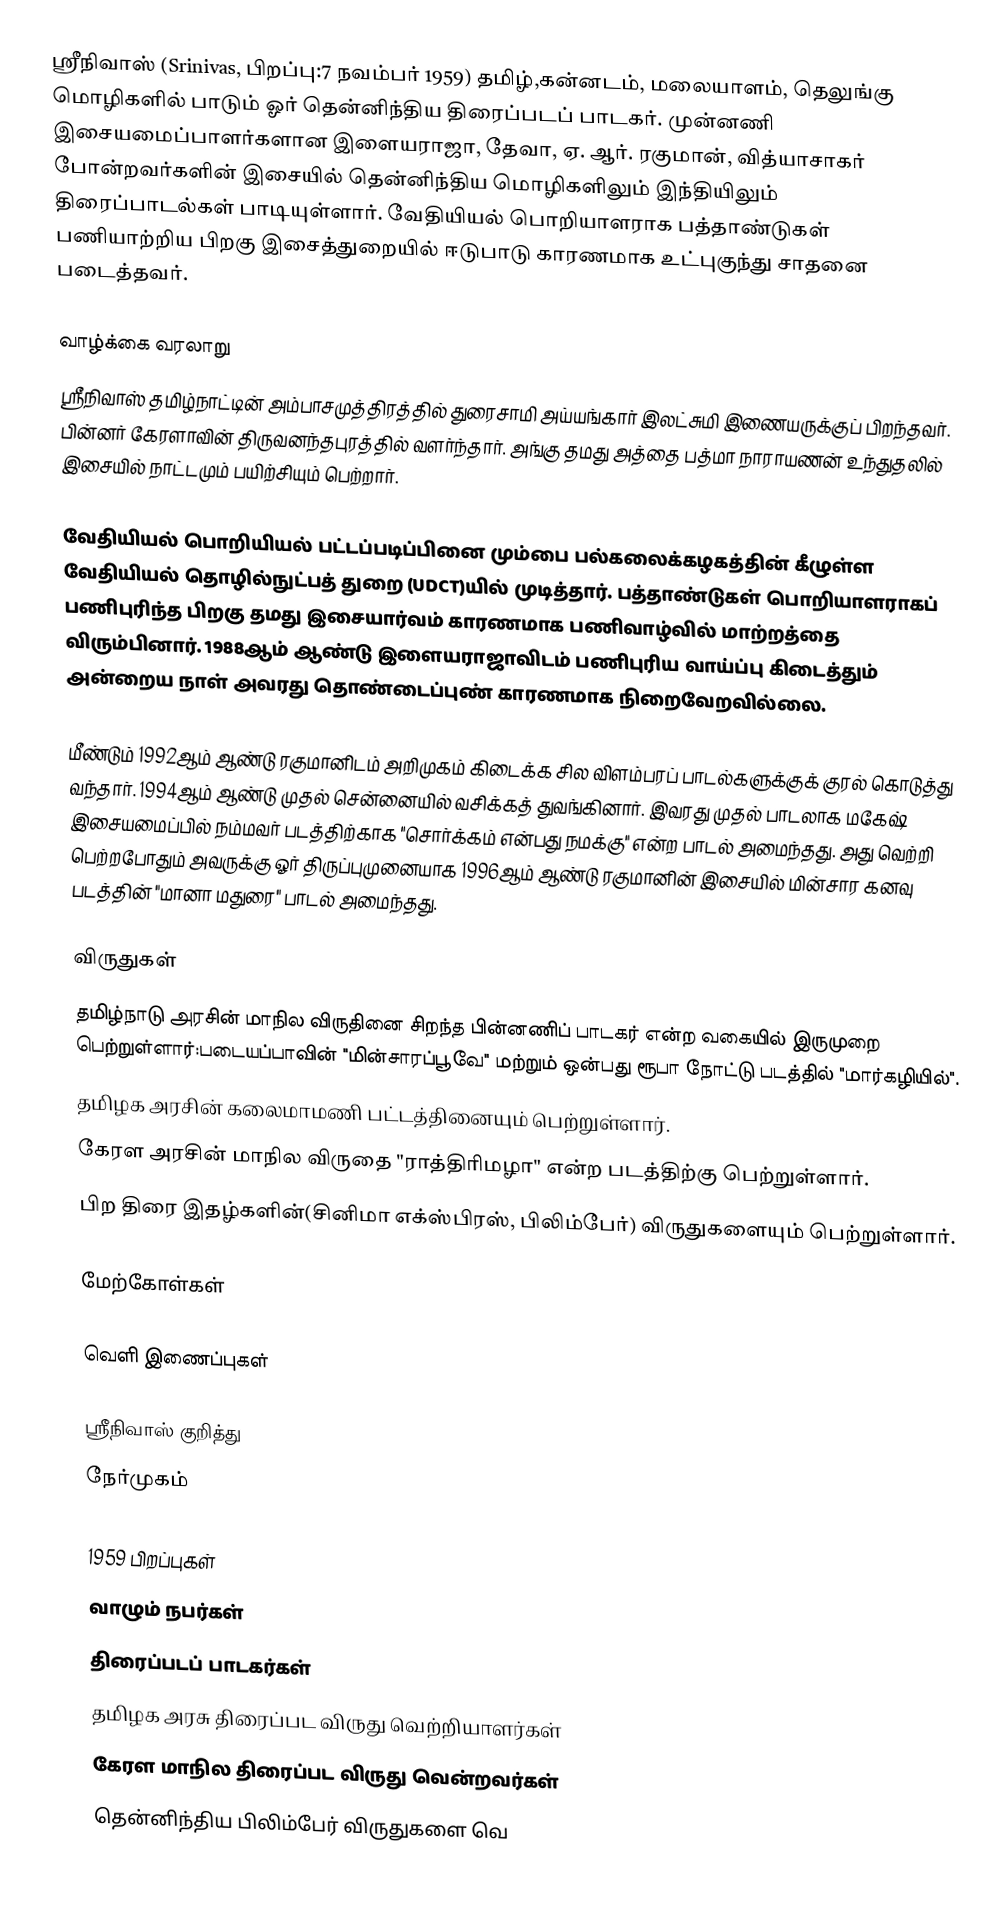
ஸ்ரீநிவாஸ் (Srinivas, பிறப்பு:7 நவம்பர் 1959) தமிழ்,கன்னடம், மலையாளம், தெலுங்கு மொழிகளில் பாடும் ஓர் தென்னிந்திய திரைப்படப் பாடகர். முன்னணி இசையமைப்பாளர்களான இளையராஜா, தேவா, ஏ. ஆர். ரகுமான், வித்யாசாகர் போன்றவர்களின் இசையில் தென்னிந்திய மொழிகளிலும் இந்தியிலும் திரைப்பாடல்கள் பாடியுள்ளார். வேதியியல் பொறியாளராக பத்தாண்டுகள் பணியாற்றிய பிறகு இசைத்துறையில் ஈடுபாடு காரணமாக உட்புகுந்து சாதனை படைத்தவர்.

வாழ்க்கை வரலாறு
ஸ்ரீநிவாஸ் தமிழ்நாட்டின் அம்பாசமுத்திரத்தில் துரைசாமி அய்யங்கார் இலட்சுமி இணையருக்குப் பிறந்தவர். பின்னர்  கேரளாவின் திருவனந்தபுரத்தில் வளர்ந்தார். அங்கு தமது அத்தை பத்மா நாராயணன் உந்துதலில் இசையில் நாட்டமும் பயிற்சியும் பெற்றார்.

வேதியியல் பொறியியல் பட்டப்படிப்பினை மும்பை பல்கலைக்கழகத்தின் கீழுள்ள வேதியியல் தொழில்நுட்பத் துறை (UDCT)யில்  முடித்தார். பத்தாண்டுகள் பொறியாளராகப் பணிபுரிந்த பிறகு தமது இசையார்வம் காரணமாக பணிவாழ்வில் மாற்றத்தை விரும்பினார். 1988ஆம் ஆண்டு இளையராஜாவிடம் பணிபுரிய வாய்ப்பு கிடைத்தும் அன்றைய நாள் அவரது தொண்டைப்புண் காரணமாக நிறைவேறவில்லை.

மீண்டும் 1992ஆம் ஆண்டு ரகுமானிடம் அறிமுகம் கிடைக்க சில விளம்பரப் பாடல்களுக்குக் குரல் கொடுத்து வந்தார். 1994ஆம் ஆண்டு முதல் சென்னையில் வசிக்கத் துவங்கினார். இவரது முதல் பாடலாக மகேஷ் இசையமைப்பில் நம்மவர் படத்திற்காக "சொர்க்கம் என்பது நமக்கு" என்ற பாடல் அமைந்தது. அது வெற்றி பெற்றபோதும் அவருக்கு ஓர் திருப்புமுனையாக 1996ஆம் ஆண்டு ரகுமானின் இசையில் மின்சார கனவு படத்தின் "மானா மதுரை" பாடல் அமைந்தது.

விருதுகள்
தமிழ்நாடு அரசின் மாநில விருதினை சிறந்த பின்னணிப் பாடகர் என்ற வகையில் இருமுறை பெற்றுள்ளார்:படையப்பாவின் "மின்சாரப்பூவே" மற்றும் ஒன்பது ரூபா நோட்டு படத்தில் "மார்கழியில்".
தமிழக அரசின் கலைமாமணி  பட்டத்தினையும் பெற்றுள்ளார்.
கேரள அரசின் மாநில விருதை "ராத்திரிமழா" என்ற படத்திற்கு பெற்றுள்ளார்.
பிற திரை இதழ்களின்(சினிமா எக்ஸ்பிரஸ், பிலிம்பேர்) விருதுகளையும் பெற்றுள்ளார்.

மேற்கோள்கள்

வெளி இணைப்புகள்

 ஸ்ரீநிவாஸ் குறித்து
 நேர்முகம்

1959 பிறப்புகள்
வாழும் நபர்கள்
திரைப்படப் பாடகர்கள்
தமிழக அரசு திரைப்பட விருது வெற்றியாளர்கள்
கேரள மாநில திரைப்பட விருது வென்றவர்கள்
தென்னிந்திய பிலிம்பேர் விருதுகளை வெ